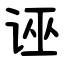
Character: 诬